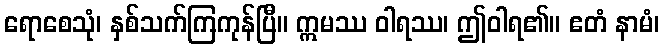
ရောစေသုံ၊ နှစ်သက်ကြကုန်ပြီ။ ဣမဿ ဝါရဿ၊ ဤဝါရ၏။ ဧတံ နာမံ၊